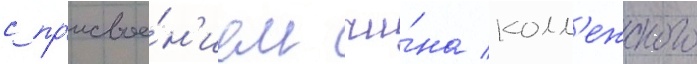
с пр'исвое́н'ием чи́на колл'ежского